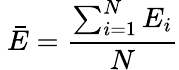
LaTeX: \ {\bar{E}}={\frac{\sum_{i=1}^{N}{E_{i}}}{N}}